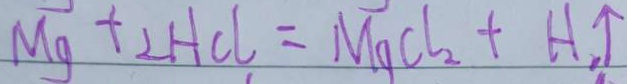
M g + 2 H C l = M g C l _ { 2 } + H _ { 2 } \uparrow